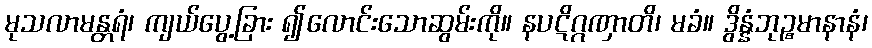
မုသလာမန္တရံ၊ ကျယ်ပွေ့ခြား ၍လောင်းသောဆွမ်းကို။ နပဋိဂ္ဂဏှာတိ၊ မခံ။ ဒွိန္နံဘုဉ္စမာနာနံ၊